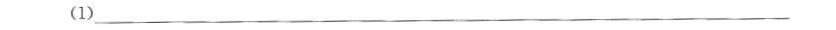
(1)___